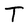
Character: T